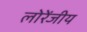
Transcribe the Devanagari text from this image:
लोरेंजीय